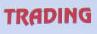
trading